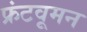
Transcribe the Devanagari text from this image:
फ्रंटवूमन